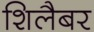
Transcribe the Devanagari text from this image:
शिलैबर